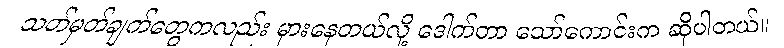
သတ်မှတ်ချက်တွေကလည်း မှားနေတယ်လို့ ဒေါက်တာ သော်ကောင်းက ဆိုပါတယ်။